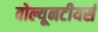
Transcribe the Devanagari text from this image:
वोल्यूनटीयर्स